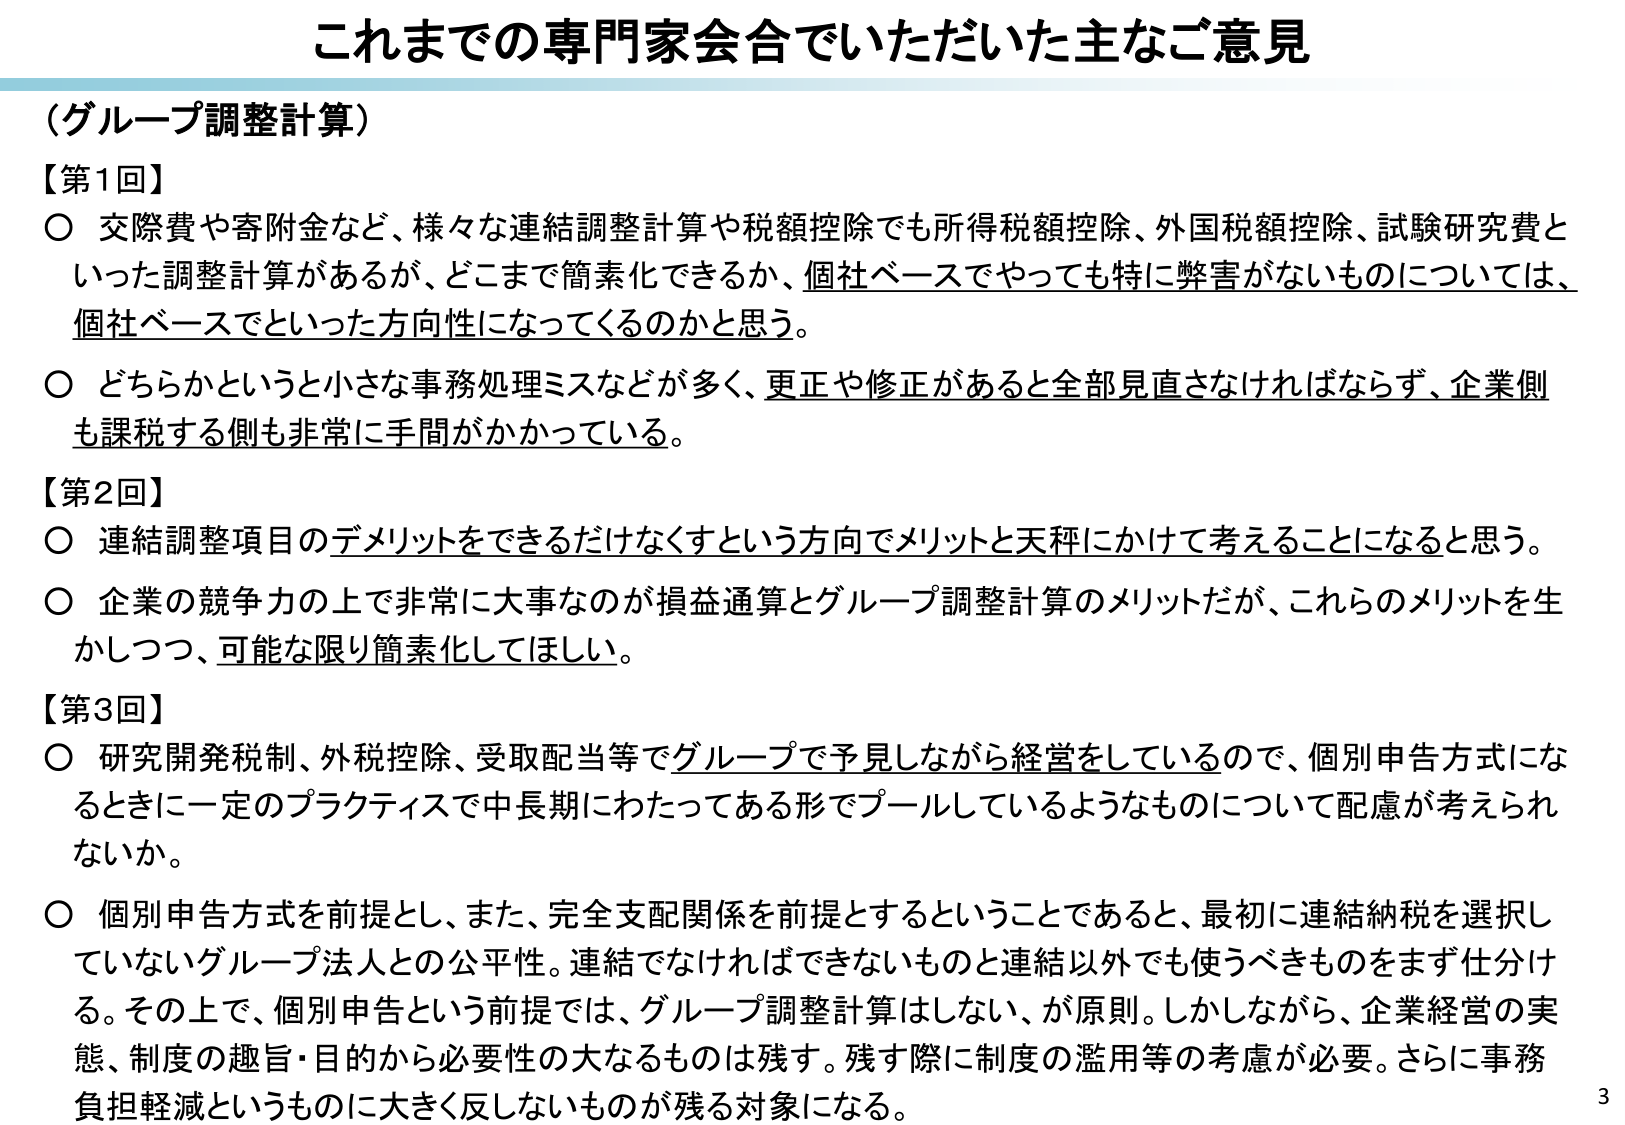
これまでの専門家会合でいただいた主なご意見

（グループ調整計算）

【第1回】
○ 交際費や寄附金など、様々な連結調整計算や税額控除でも所得税額控除、外国税額控除、試験研究費といった調整計算があるが、どこまで簡素化できるか、個社ベースでやっても特に弊害がないものについては、個社ベースでといった方向性になってくるのかと思う。
○ どちらかというと小さな事務処理ミスなどが多々、更正や修正があると全部見直さなければならず、企業側も課税する側も非常に手間がかかっている。

【第2回】
○ 連結調整項目のデメリットをできるだけなくすという方向でメリットと天秤にかけて考えることになると思う。
○ 企業の競争力の上で非常に大事なのが損益通算とグループ調整計算のメリットだが、これらのメリットを生かしつつ、可能な限り簡素化してほしい。

【第3回】
○ 研究開発税制、外税控除、受取配当等でグループで予見しながら経営をしているので、個別申告方式になるときに一定のプラクティスで中長期にわたってある形でプールしているようなものについて配慮が考えられないか。
○ 個別申告方式を前提とし、また、完全支配関係を前提とするということであると、最初に連結納税を選択していないグループ法人との公平性。連結でなければできないものと連結以外でも使うべきものをまず仕分ける。その上で、個別申告という前提では、グループ調整計算はしない、が原則。しかしながら、企業経営の実態、制度の趣旨・目的から必要性の大きなものは残す。残る際に制度の濫用等の考慮が必要。さらに事務負担軽減というものに大きく反しないものが残る対象になる。

3